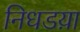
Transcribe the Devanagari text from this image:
निधडय़ा